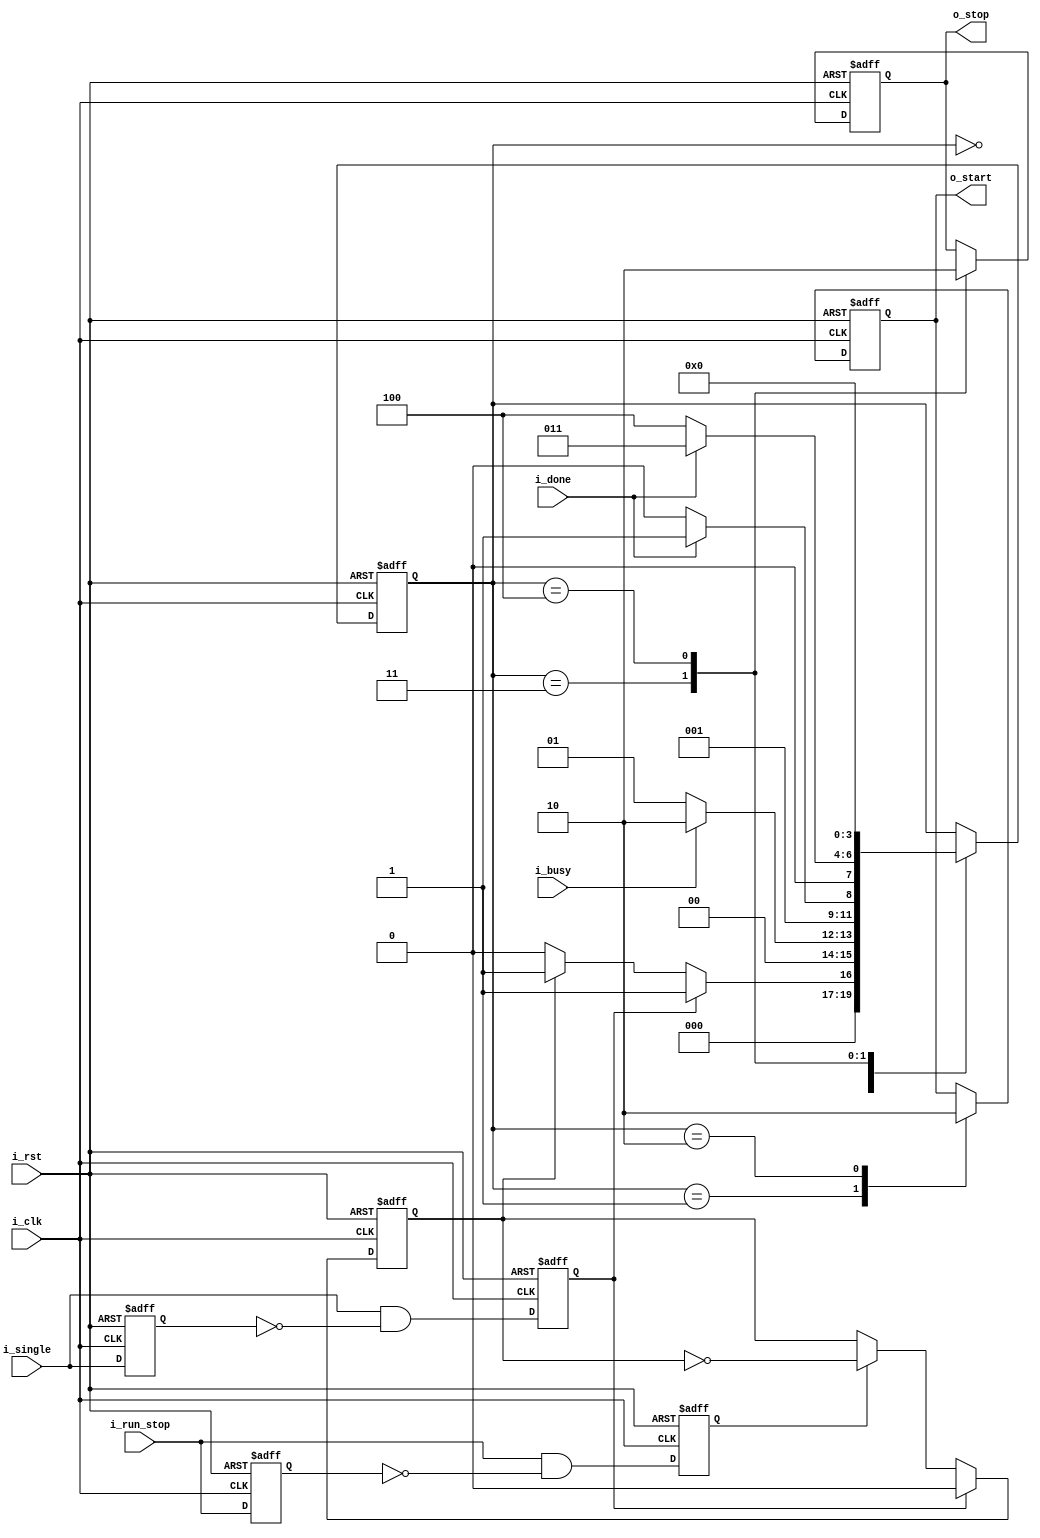
module Controller(
    input i_rst,
    input i_clk,
    input i_single,
    input i_run_stop,
  
    output reg o_start,
    output reg o_stop,
    input i_busy,
    input i_done
);
    reg run;
    reg run_stop_bck;
    reg run_stop;
    reg single_bck;
    reg single;

    reg [3:0] state;

    always @(posedge i_clk or posedge i_rst) begin
        if(i_rst) begin
            state <= 0;
            o_start <= 0;
            o_stop <= 0;
            run_stop_bck <= 0;
            run_stop <= 0;
            run <= 0;
            single_bck <= 0;
            single <= 0;
        end else begin
            run_stop_bck <= i_run_stop;
            single_bck <= i_single;
            run_stop <= i_run_stop & !run_stop_bck;
            single <= i_single & !single_bck;
            run <= (single)?0:((run_stop)?!run:run);
            case(state)
                0: begin
                    state <= (single==1)?1:((run==1)?1:0);
                end
                1: begin
                    state <= (i_busy==1)?2:1;
                    o_start <= 1;
                end
                2: begin
                    state <= (i_done==1)?3:2;
                    o_start <= 0;
                end
                3: begin
                    state <= (i_done==0)?4:3;
                    o_stop <= 1;
                end
                4: begin
                    state <= 0;
                    o_stop <= 0;
                end
            endcase
        end
    end
endmodule